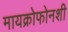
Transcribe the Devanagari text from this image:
मायक्रोफोनशी